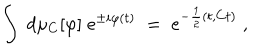
\int \; d \mu _ { C } [ \varphi ] \; e ^ { \pm i \varphi ( t ) } \; = \; e ^ { - \frac { 1 } { 2 } ( t , C t ) } \; ,